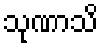
သုဏာသိ